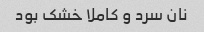
نان سرد و کاملا خشک بود